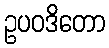
ဥပဝဒိတော